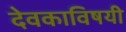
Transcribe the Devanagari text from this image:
देवकाविषयी